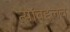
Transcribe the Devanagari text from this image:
त्यांबद्दलचे